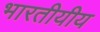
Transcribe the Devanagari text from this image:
भारतीयीय